Cholera in southern India
Disease focus: Cholera
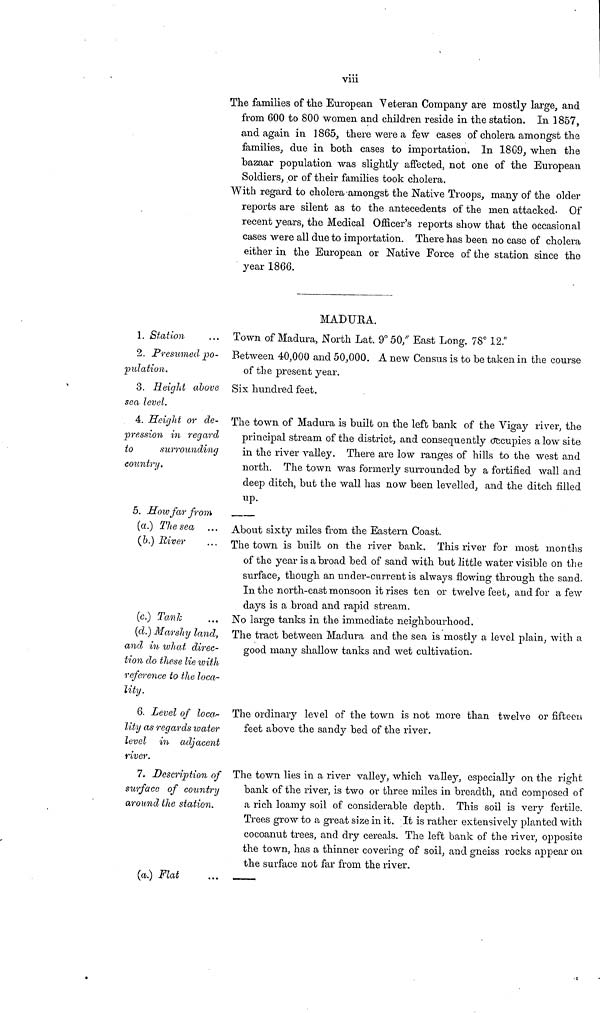
viii
The families of the European Veteran Company are mostly large, and
from 600 to 800 women and children reside in the station. In 1857,
and again in 1865, there were a few cases of cholera amongst the
families, due in both cases to importation. In 1869, when the
bazaar population was slightly affected, not one of the European
Soldiers, or of their families took cholera.
With regard to cholera-amongst the Native Troops, many of the older
reports are silent as to the antecedents of the men attacked. Of
recent years, the Medical Officer's reports show that the occasional
cases were all due to importation. There has been no case of cholera
either in the European or Native Force of the station since the
year 1866.
MADUKA.
1. Station
Town of Madura, North Lat. 9° 50," East Long. 78° 12."
2. Presumed po-
pulation.
Between 40,000 and 50,000. A new Census is to be taken in the course
of the present year.
3. Height above
sea level.
Sis hundred feet.
4. Height or de-
pression in regard
to
surrounding
country.
The town of Madura is built on the left bank of the Vigay river, the
principal stream of the district, and consequently occupies a low site
in the river valley. There are low ranges of hills to the west and
north. The town was formerly surrounded by a fortified wall and
deep ditch, but the wall has now been levelled, and the ditch filled
up.
5. How far from
(a.) The sea ...
(b.) River
About sixty miles from the Eastern Coast.
The town is built on the river bank. This river for most months
of the year is abroad bed of sand with but little water visible on the
surface, though an under-current is always flowing through the sand.
In the north-east monsoon it rises ten or twelve feet, and for a few
days is a broad and rapid stream.
(c.) Tank
(d.) Marshy land,
and in what direc-
tion do these lie with
reference to the loca-
lity.
No large tanks in the immediate neighbourhood.
The tract between Madura and the sea is mostly a level plain, with a
good many shallow tanks and wet cultivation.
6. Level of loca-
lity as regards water
level in adjacent
river.
The ordinary level of the town is not more than twelve or fifteen
feet above the sandy bed of the river.
7. Description of
surface of country
around the station.
The town lies in a river valley, which valley, especially on the right
bank of the river, is two or three miles in breadth, and composed of
a rich loamy soil of considerable depth. This soil is very fertile.
Trees grow to a great size in it. It is rather extensively planted with
cocoanut trees, and dry cereals. The left bank of the river, opposite
the town, has a thinner covering of soil, and gneiss rocks appear on
the surface not far from the river.
(a.) Flat